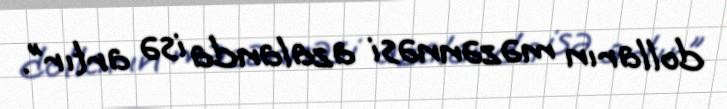
dolların məzənnəsi azalanda isə artır”.